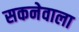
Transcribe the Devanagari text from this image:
सकनेवाला